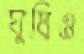
ঘুষিও